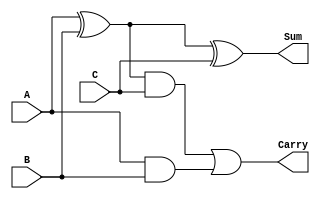
`timescale 1ns / 1ps
//////////////////////////////////////////////////////////////////////////////////
// Company: 
// Engineer: 
// 
// Design Name: 
// Module Name: fa
// Project Name: 
// Target Devices: 
// Tool Versions: 
// Description: 
// 
// Dependencies: 
// 
// Revision:
// Revision 0.01 - File Created
// Additional Comments:
// 
//////////////////////////////////////////////////////////////////////////////////


module fa(
    input A,
    input B,
    input C,
    output Sum,
    output Carry
    );
    assign Sum = A^B^C;             // Logic of Sum for the adder
    assign Carry = ((A^B)&C)| (A&B);// Logic of Carry for the adder 
endmodule